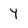
Character: y